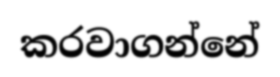
කරවාගන්නේ